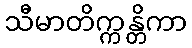
သီမာတိက္ကန္တိကာ